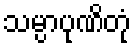
သမ္ပာပုဏိတုံ